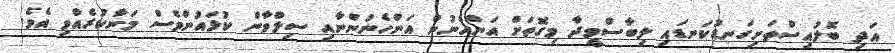
އަދި ބޮލުއިސްތަށިގަނޑުކަނޑައި ލިބާސްވީދާ މިގޮތަށް އަންހެނުން އަންހެނުންނާއި ސިލްވާން ކުޅައުންވެސް މަނާކުރެއްވި އެވެ.